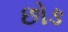
છોઙ